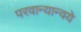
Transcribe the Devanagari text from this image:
परवान्यान्वये